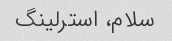
سلام، استرلینگ